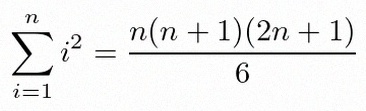
\sum_{i=1}^{n}i^2=\frac{n(n+1)(2n+1)}6